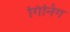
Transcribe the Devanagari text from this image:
गिनिंग